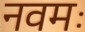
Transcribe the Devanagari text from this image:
नवमः